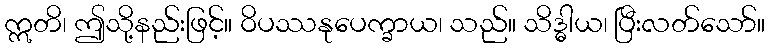
ဣတိ၊ ဤသို့နည်းဖြင့်။ ဝိပဿနုပေက္ခာယ၊ သည်။ သိဒ္ဓါယ၊ ပြီးလတ်သော်။